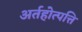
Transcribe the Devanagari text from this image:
अर्तहोत्पत्ति